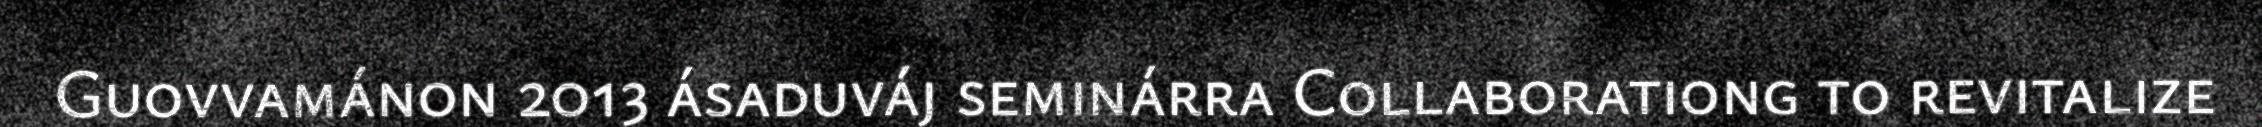
Guovvamánon 2013 ásaduváj seminárra Collaborationg to revitalize